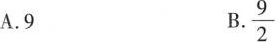
A.9 B.\frac{9}{2}